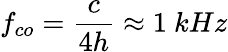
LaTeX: f_{co}={\frac{c}{4h}}\approx 1~kHz